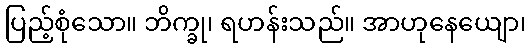
ပြည့်စုံသော။ ဘိက္ခု၊ ရဟန်းသည်။ အာဟုနေယျော၊